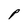
Character: P